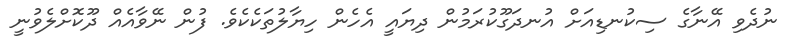
ނުދެވި އޭނާގެ ސިކުނޑިއަށް އުނދަގޫކުރަމުން ދިޔައީ އެހެން ހިޔާލުތަކެކެވެ. ފުން ނޭވާއެއް ދޫކޮށްލެވުނީ